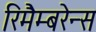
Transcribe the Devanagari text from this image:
रिमैम्बरेन्स